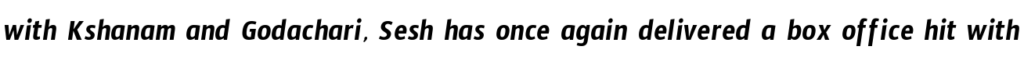
with Kshanam and Godachari, Sesh has once again delivered a box office hit with